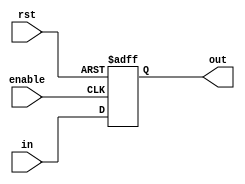
`timescale 1ns / 1ps

//tlthet regiszter, ha az engedlyez jel magas

module Register #(parameter WIDTH = 9)(		//a regiszter nagysgt megad paramter
    input enable,										//engedlyez jel
	 input rst,
    input [WIDTH:0] in,								//bemen jel
    output reg [WIDTH:0] out						//regiszter
    );					
					
always @ (posedge enable, posedge rst)							//ha az engedlyez jel magas...
begin
	if(rst) out <= 0;
	else out <= in;											//betltjk a bemen rtket a regiszterbe
end

endmodule